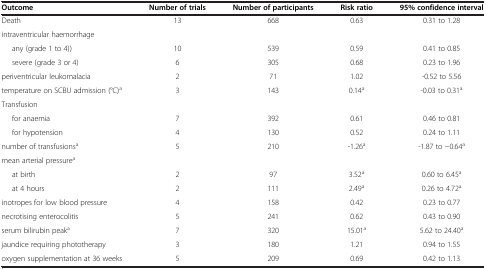
<table><thead><tr><td><b>Outcome</b></td><td><b>Number of trials</b></td><td><b>Number of participants</b></td><td><b>Risk ratio</b></td><td><b>95%confidence interval</b></td></tr></thead><tbody><tr><td>Death</td><td>13</td><td>668</td><td>0.63</td><td>0.31 to 1.28</td></tr><tr><td>intraventricular haemorrhage</td><td> </td><td> </td><td> </td><td> </td></tr><tr><td>any (grade 1 to 4))</td><td>10</td><td>539</td><td>0.59</td><td>0.41 to 0.85</td></tr><tr><td>severe (grade 3 or 4)</td><td>6</td><td>305</td><td>0.68</td><td>0.23 to 1.96</td></tr><tr><td>periventricular leukomalacia</td><td>2</td><td>71</td><td>1.02</td><td>-0.52 to 5.56</td></tr><tr><td>temperature on SCBU admission (°C)<sup>a</sup></td><td>3</td><td>143</td><td>0.14<sup>a</sup></td><td>-0.03 to 0.31<sup>a</sup></td></tr><tr><td>Transfusion</td><td> </td><td> </td><td> </td><td> </td></tr><tr><td>for anaemia</td><td>7</td><td>392</td><td>0.61</td><td>0.46 to 0.81</td></tr><tr><td>for hypotension</td><td>4</td><td>130</td><td>0.52</td><td>0.24 to 1.11</td></tr><tr><td>number of transfusions<sup>a</sup></td><td>5</td><td>210</td><td>-1.26<sup>a</sup></td><td>-1.87 to −0.64<sup>a</sup></td></tr><tr><td>mean arterial pressure<sup>a</sup></td><td> </td><td> </td><td> </td><td> </td></tr><tr><td>at birth</td><td>2</td><td>97</td><td>3.52<sup>a</sup></td><td>0.60 to 6.45<sup>a</sup></td></tr><tr><td>at 4 hours</td><td>2</td><td>111</td><td>2.49<sup>a</sup></td><td>0.26 to 4.72<sup>a</sup></td></tr><tr><td>inotropes for low blood pressure</td><td>4</td><td>158</td><td>0.42</td><td>0.23 to 0.77</td></tr><tr><td>necrotising enterocolitis</td><td>5</td><td>241</td><td>0.62</td><td>0.43 to 0.90</td></tr><tr><td>serum bilirubin peak<sup>a</sup></td><td>7</td><td>320</td><td>15.01<sup>a</sup></td><td>5.62 to 24.40<sup>a</sup></td></tr><tr><td>jaundice requiring phototherapy</td><td>3</td><td>180</td><td>1.21</td><td>0.94 to 1.55</td></tr><tr><td>oxygen supplementation at 36 weeks</td><td>5</td><td>209</td><td>0.69</td><td>0.42 to 1.13</td></tr></tbody></table>